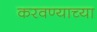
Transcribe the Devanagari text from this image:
करवण्याच्या